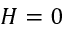
H = 0